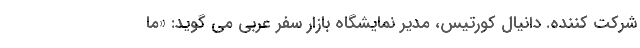
شرکت کننده. دانیال کورتیس، مدیر نمایشگاه بازار سفر عربی می گوید: «ما